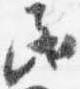
民